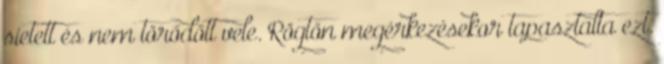
sietett és nem törődött vele. Rögtön megérkezésekor tapasztalta ezt.